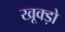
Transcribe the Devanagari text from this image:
खूक्ड़ो